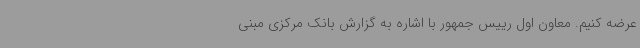
عرضه کنیم. معاون اول رییس جمهور با اشاره به گزارش بانک مرکزی مبنی